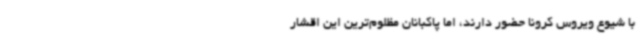
با شیوع ویروس کرونا حضور دارند، اما پاکبانان مظلوم‌ترین این اقشار